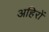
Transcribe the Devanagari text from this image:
अहिरों